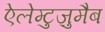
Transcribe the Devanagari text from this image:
ऐलेम्टुज़ुमैब